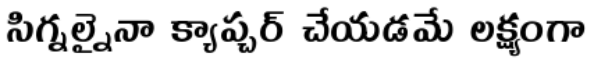
సిగ్నల్నైనా క్యాప్చర్ చేయడమే లక్ష్యంగా